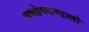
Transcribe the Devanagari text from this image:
गच्छेच्चण्डालो